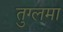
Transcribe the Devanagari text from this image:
तुग्लमा